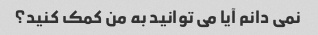
نمی دانم آیا می توانید به من کمک کنید؟